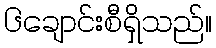
၆ချောင်းစီရှိသည်။